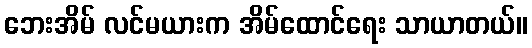
ဘေးအိမ် လင်မယားက အိမ်ထောင်ရေး သာယာတယ်။